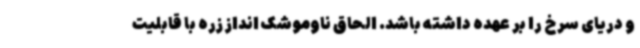
و دریای سرخ را بر عهده داشته باشد. الحاق ناوموشک انداز زره با قابلیت